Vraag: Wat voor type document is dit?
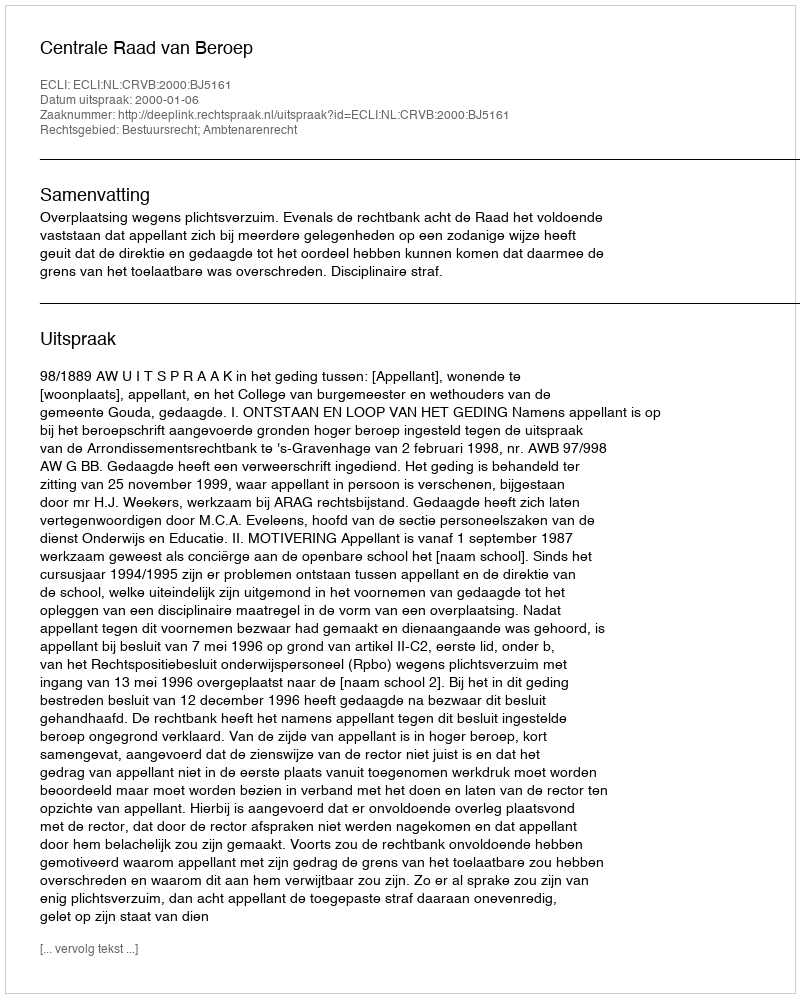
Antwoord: Uitspraak